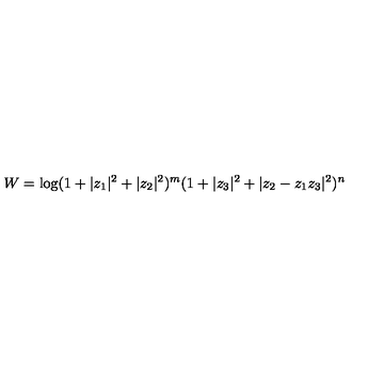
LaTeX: W = \log ( 1 + \vert z _ { 1 } \vert ^ { 2 } + \vert z _ { 2 } \vert ^ { 2 } ) ^ { m } ( 1 + \vert z _ { 3 } \vert ^ { 2 } + \vert z _ { 2 } - z _ { 1 } z _ { 3 } \vert ^ { 2 } ) ^ { n }